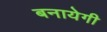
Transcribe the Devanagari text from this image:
बनायेगी